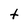
Character: t